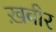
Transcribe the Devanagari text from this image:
ख़बीर